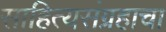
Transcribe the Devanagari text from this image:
साहित्यसंग्रहाचा